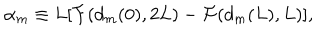
LaTeX: { \alpha } _ { m } \equiv L [ { \cal F } ( d _ { m } ( 0 ) , 2 L ) - { \cal F } ( d _ { m } ( L ) , L ) ] ,